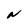
Character: N